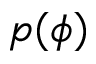
p ( \phi )